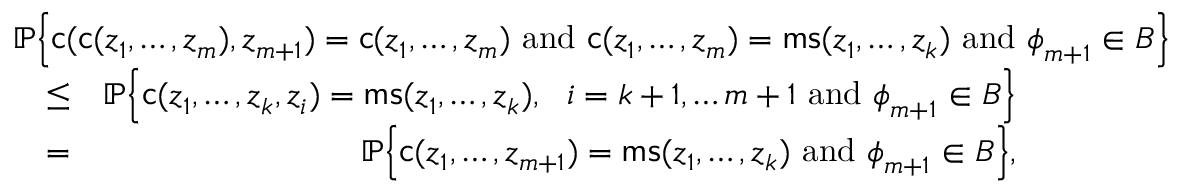
\begin{array} { r l r } { \lefteqn { { \mathbb { P } } \Big \{ \mathsf { c } ( \mathsf { c } ( { \boldsymbol { z } } _ { 1 } , \ldots , { \boldsymbol { z } } _ { m } ) , { \boldsymbol { z } } _ { m + 1 } ) = \mathsf { c } ( { \boldsymbol { z } } _ { 1 } , \ldots , { \boldsymbol { z } } _ { m } ) \mathrm { ~ a n d ~ } \mathsf { c } ( { \boldsymbol { z } } _ { 1 } , \ldots , { \boldsymbol { z } } _ { m } ) = \mathsf { m s } ( { \boldsymbol { z } } _ { 1 } , \ldots , { \boldsymbol { z } } _ { k } ) \mathrm { ~ a n d ~ } { \boldsymbol { \phi } } _ { m + 1 } \in B \Big \} } } \\ & { \leq } & { { \mathbb { P } } \Big \{ \mathsf { c } ( { \boldsymbol { z } } _ { 1 } , \ldots , { \boldsymbol { z } } _ { k } , { \boldsymbol { z } } _ { i } ) = \mathsf { m s } ( { \boldsymbol { z } } _ { 1 } , \ldots , { \boldsymbol { z } } _ { k } ) , \ \ i = k + 1 , \ldots m + 1 \mathrm { ~ a n d ~ } { \boldsymbol { \phi } } _ { m + 1 } \in B \Big \} } \\ & { = } & { { \mathbb { P } } \Big \{ \mathsf { c } ( { \boldsymbol { z } } _ { 1 } , \ldots , { \boldsymbol { z } } _ { m + 1 } ) = \mathsf { m s } ( { \boldsymbol { z } } _ { 1 } , \ldots , { \boldsymbol { z } } _ { k } ) \mathrm { ~ a n d ~ } { \boldsymbol { \phi } } _ { m + 1 } \in B \Big \} , } \end{array}